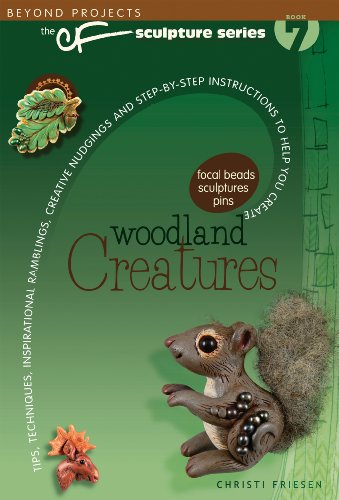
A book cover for Woodland Creatures (Beyond Projects: The CF Sculpture Series, Book 7); Christi Friesen; Crafts, Hobbies & Home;